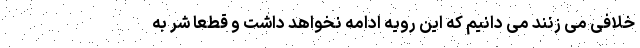
خلافی می زنند می دانیم که این رویه ادامه نخواهد داشت و قطعا شر به